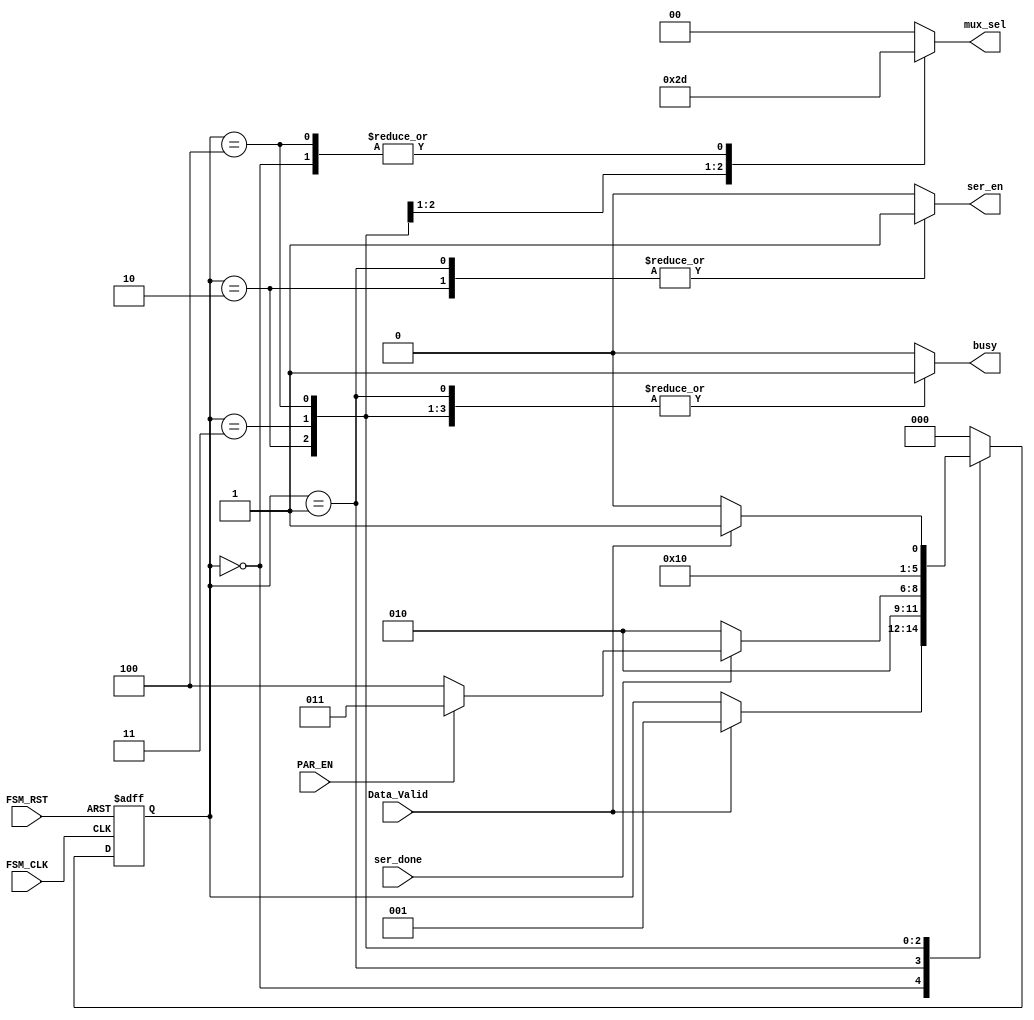
module FSM (
    input   wire            FSM_CLK,
    input   wire            FSM_RST,
    input   wire            Data_Valid,
    input   wire            PAR_EN,
    input   wire            ser_done,
    output  reg             ser_en,
    output  reg     [1:0]   mux_sel,
    output  reg             busy
);

// States Defination 
localparam IDLE     =   'b000;
localparam START    =   'b001;
localparam DATA     =   'b010;
localparam PARITY   =   'b011;
localparam STOP     =   'b100;
localparam State_size = 3;

// States Variables
reg [State_size-1:0] Current_State, Next_State;

// Current state logic
always @(posedge FSM_CLK or negedge FSM_RST)
begin
    if(!FSM_RST)
        begin
            Current_State <= IDLE;
        end
    else
        begin
            Current_State <= Next_State ;
        end
end

//  Next state logic
always @(*)
begin
    case (Current_State)
        IDLE: 
            begin
                if(Data_Valid)
                    begin 
                        Next_State = START;
                    end
                else
                    begin   
                        Next_State = Current_State;
                    end
            end 
        START:
            begin
                Next_State = DATA;
            end
        DATA:
            begin
                if(ser_done)
                    begin
                        if(PAR_EN)
                            Next_State = PARITY;
                        else
                            Next_State = STOP;
                    end
                else
                    begin
                        Next_State = DATA;
                    end
            end
        PARITY:
            begin
                Next_State = STOP;
            end
        STOP:
            begin
                if(Data_Valid)
                    Next_State = START;
                else
                    Next_State = IDLE;
            end
        default:
            begin
                Next_State = IDLE;
            end
    endcase
end



// Output logic
always @(*)
begin
    case(Current_State)
    IDLE    : begin
                ser_en = 1'b0;
                mux_sel = 2'b01;
                busy = 1'b0;
                end
    START   : begin
                ser_en = 1'b1;
                mux_sel = 2'b00;
                busy = 1'b1;
                end	
    DATA    : begin
                ser_en = 1'b1;
                mux_sel = 2'b10;
                busy = 1'b1;
                end
    PARITY  : begin
                ser_en = 1'b0;
                mux_sel = 2'b11;
                busy = 1'b1;
                end
    STOP    : begin
                ser_en = 1'b0;
                mux_sel = 2'b01;
                busy = 1'b1;
                end
    default : begin
                ser_en = 1'b0;
                mux_sel = 2'b00;
                busy = 1'b0;
                end			  
    endcase
end	



endmodule